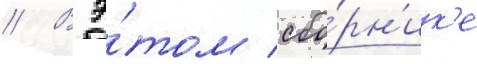
// В э́том сбо́рн'ик'е